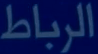
الرباط